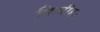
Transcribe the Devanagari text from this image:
किमीहः